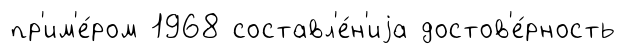
пр'им'е́ром 1968 составл'е́н'иjа достов'е́рность